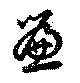
簾